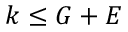
k \leq G + E